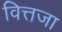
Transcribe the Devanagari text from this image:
वित्तजा